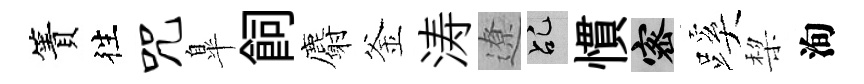
簀徃咒臯飼麝釜涛遼乩慣密蹊棃洵